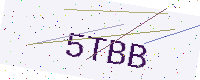
Text: 5TBB